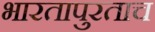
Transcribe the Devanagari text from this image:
भारतापुरताच